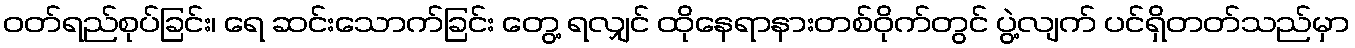
ဝတ်ရည်စုပ်ခြင်း၊ ရေ ဆင်းသောက်ခြင်း တွေ့ ရလျှင် ထိုနေရာနားတစ်ဝိုက်တွင် ပွဲ့လျက် ပင်ရှိတတ်သည်မှာ